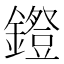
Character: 𨭕